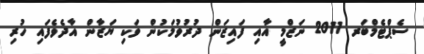
ސެޕްޓެމްބަރ 2011 ނަޒްމީ އާއި ފައިޒަން ދުރުވުމަކުން ވަކި ޔަޒާން އާދެވެފައި ހުރި